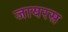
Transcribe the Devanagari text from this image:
जायरस